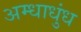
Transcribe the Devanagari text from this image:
अम्धाधुंध